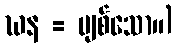
ဃန = ပျစ်သော။)